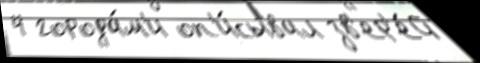
4 города́м'и оп'и́сывал зв'ер'е́й